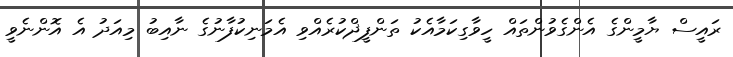
ރައީސް ޔާމީންގެ އެންގެވުންތައް ހީވާގިކަމާއެކު ތަންފީޛްކުރެއްވި އެމަނިކުފާނުގެ ނާއިބު މިއަދު އެ އޮންނެވީ